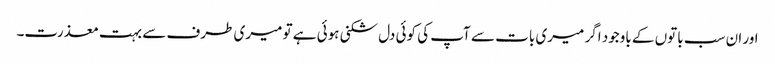
اور ان سب باتوں کے باوجود اگر میری بات سے آپ کی کوئی دل شکنی ہوئی ہے تو میری طرف سے بہت معذرت۔